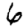
Digit: 6